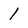
Character: 1